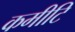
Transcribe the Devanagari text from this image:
कमीटि